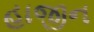
હાજીન